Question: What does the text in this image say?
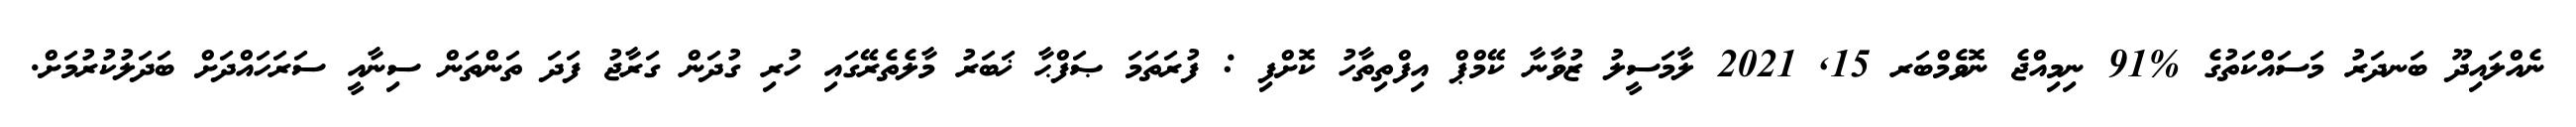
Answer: ނެއްލައިދޫ ބަނދަރު މަސައްކަތުގެ %91 ނިމިއްޖެ ނޮވެމްބަރ 15, 2021 ލާމަސީލު ޒުވާނާ ކޭމްޕް އިފްތިތާހު ކޮށްފި : ފުރަތަމަ ޞަފްޙާ ޚަބަރު މާލެތެރޭގައި ހުރި ގުދަން ގަރާޖު ފަދަ ތަންތަން ސިނާއީ ސަރަހައްދަށް ބަދަލުކުރުމަށް.